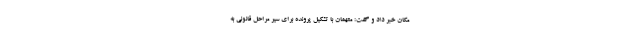
مکان خبر داد و گفت: متهمان با تشکیل پرونده برای سیر مراحل قانونی به